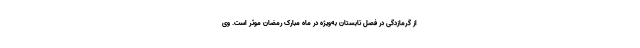
از گرمازدگی در فصل تابستان به‌ویژه در ماه مبارک رمضان موثر است. وی